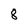
Character: 8